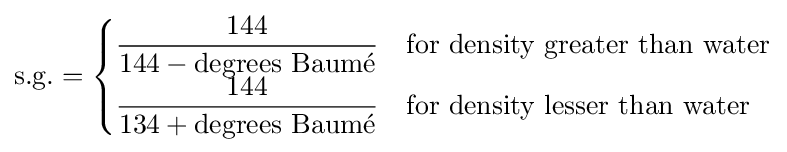
{\text{s.g.}}={\begin{cases}\displaystyle {\frac {144}{144-{\text{degrees Baum}}\mathrm {\acute {e}} }}&{\text{for density greater than water}}\\[3pt]\displaystyle {\frac {144}{134+{\text{degrees Baum}}\mathrm {\acute {e}} }}&{\text{for density lesser than water}}\end{cases}}